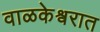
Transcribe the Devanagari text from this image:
वाळकेश्वरात